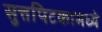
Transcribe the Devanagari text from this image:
सुत्तपिटकामध्ये